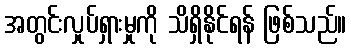
အတွင်းလှုပ်ရှားမှုကို သိရှိနိုင်ရန် ဖြစ်သည်။